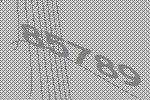
85789